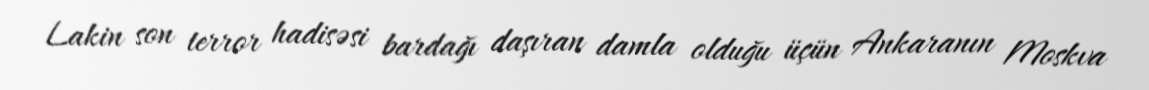
Lakin son terror hadisəsi bardağı daşıran damla olduğu üçün Ankaranın Moskva